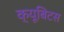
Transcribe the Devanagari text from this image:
क्यूबिटस